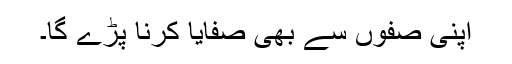
اپنی صفوں سے بھی صفایا کرنا پڑے گا۔